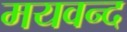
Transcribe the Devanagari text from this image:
मयवन्द